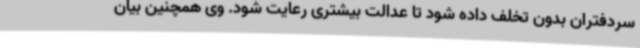
سردفتران بدون تخلف داده شود تا عدالت بیشتری رعایت شود. وی همچنین بیان